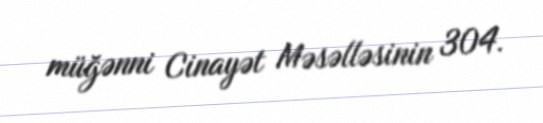
müğənni Cinayət Məsəlləsinin 304.